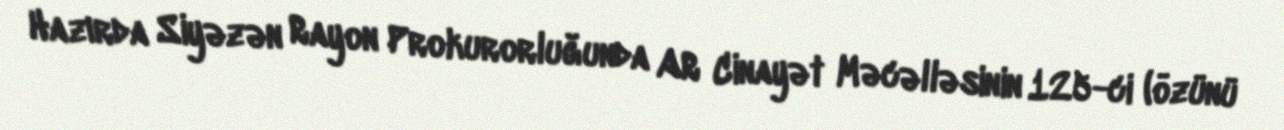
Hazırda Siyəzən Rayon Prokurorluğunda AR Cinayət Məcəlləsinin 125-ci (özünü